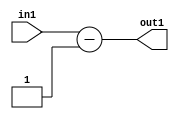
`timescale 1ps / 1ps
/*****************************************************************************
    Verilog RTL Description
    
    
    Created by: Stratus DpOpt 2019.1.01 
*******************************************************************************/

module st_feature_addr_gen_Subi1u11_4 (
	in1,
	out1
	); /* architecture "behavioural" */ 
input [10:0] in1;
output [11:0] out1;
wire [11:0] asc001;

assign asc001 = 
	+(in1)
	-(12'B000000000001);

assign out1 = asc001;
endmodule

/* CADENCE  ubHwQw4= : u9/ySgnWtBlWxVPRXgAZ4Og= ** DO NOT EDIT THIS LINE ******/